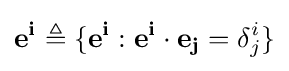
\mathbf {e^{i}} \triangleq \{\mathbf {e^{i}} :\mathbf {e^{i}} \cdot \mathbf {e_{j}} =\delta _{j}^{i}\}